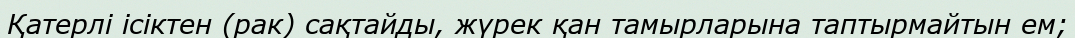
Қатерлі ісіктен (рак) сақтайды, жүрек қан тамырларына таптырмайтын ем;